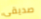
صديقى